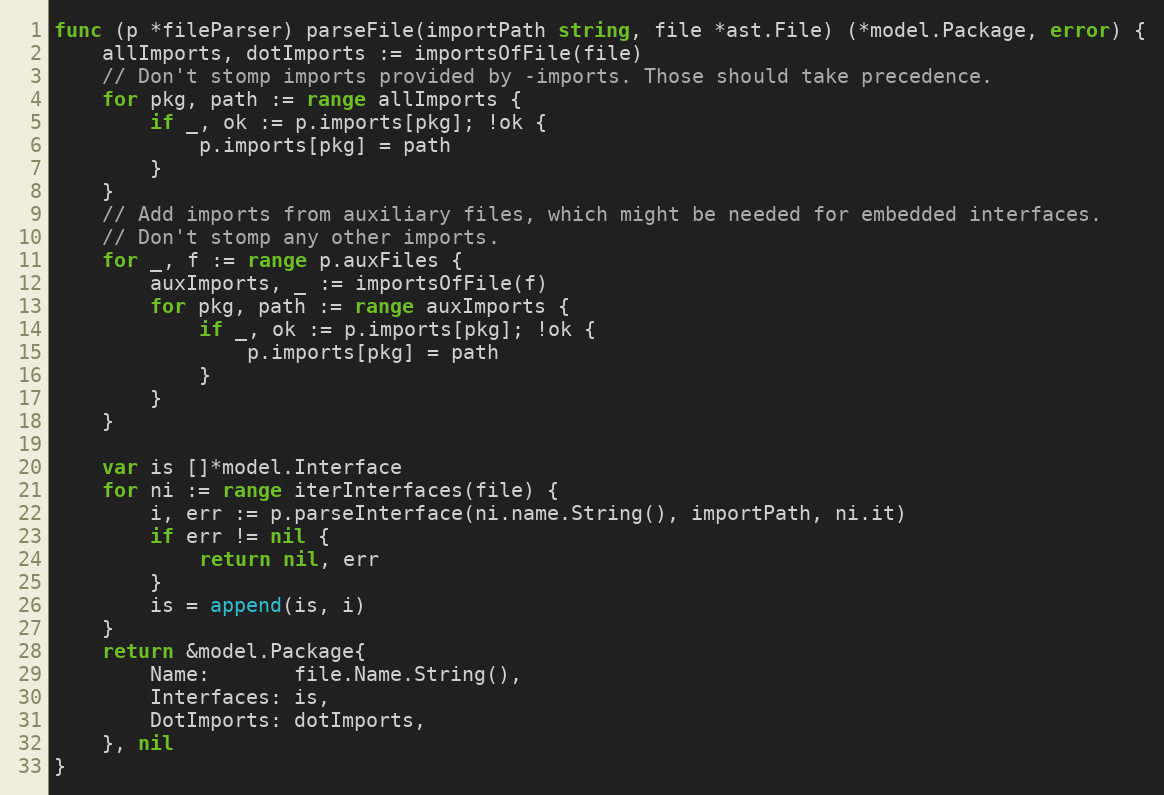
Language: Go
func (p *fileParser) parseFile(importPath string, file *ast.File) (*model.Package, error) {
	allImports, dotImports := importsOfFile(file)
	// Don't stomp imports provided by -imports. Those should take precedence.
	for pkg, path := range allImports {
		if _, ok := p.imports[pkg]; !ok {
			p.imports[pkg] = path
		}
	}
	// Add imports from auxiliary files, which might be needed for embedded interfaces.
	// Don't stomp any other imports.
	for _, f := range p.auxFiles {
		auxImports, _ := importsOfFile(f)
		for pkg, path := range auxImports {
			if _, ok := p.imports[pkg]; !ok {
				p.imports[pkg] = path
			}
		}
	}

	var is []*model.Interface
	for ni := range iterInterfaces(file) {
		i, err := p.parseInterface(ni.name.String(), importPath, ni.it)
		if err != nil {
			return nil, err
		}
		is = append(is, i)
	}
	return &model.Package{
		Name:       file.Name.String(),
		Interfaces: is,
		DotImports: dotImports,
	}, nil
}